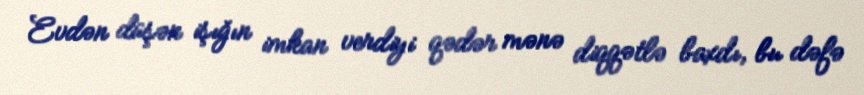
Evdən düşən işığın imkan verdiyi qədər mənə diqqətlə baxdı, bu dəfə